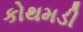
કોથમડી